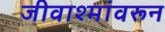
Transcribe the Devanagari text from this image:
जीवाश्मांवरून